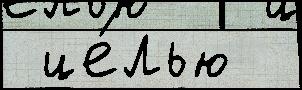
 це́лью